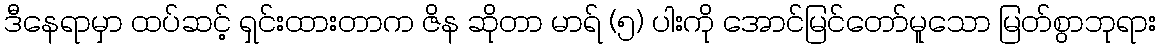
ဒီနေရာမှာ ထပ်ဆင့် ရှင်းထားတာက ဇိန ဆိုတာ မာရ် (၅) ပါးကို အောင်မြင်တော်မူသော မြတ်စွာဘုရား